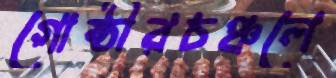
গোষ্ঠীরচঞ্চলে